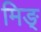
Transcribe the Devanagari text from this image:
मिङ्